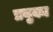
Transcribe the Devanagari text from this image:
प्रयुक्य